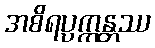
အစိရပ္ပက္ကန္တဿ